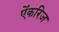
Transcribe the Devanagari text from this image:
ऐंकरिज